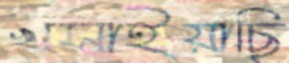
খসাইয়াছি